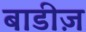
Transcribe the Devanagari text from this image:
बाडीज़